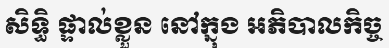
សិទ្ធិ ផ្ទាល់ខ្លួន នៅក្នុង អភិបាលកិច្ច